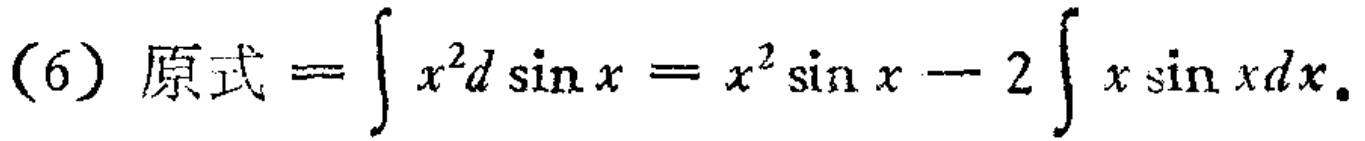
(6) 原式 \(=\int x^{2}d\sin x = x^{2}\sin x - 2\int x\sin xdx\)